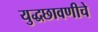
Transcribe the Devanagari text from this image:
युद्धछावणीचे